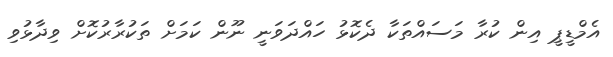
އެމްޑީޕީ އިން ކުރާ މަސައްތަކާ ދެކޮޅު ހައްދަވަނީ ނޫން ކަމަށް ތަކުރާރުކޮށް ވިދާޅުވި